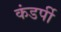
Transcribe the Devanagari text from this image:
कंडर्पी